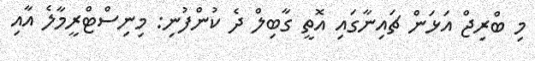
މި ބްރިޖް އަޅަން ޗައިނާގައި އޮތީ ގާބިލް ދެ ކުންފުނި: މިނިސްޓްރީމާލެ އާއި